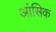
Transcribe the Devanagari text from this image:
आंसिक